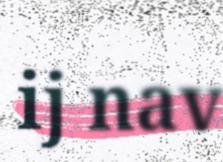
ij nav